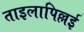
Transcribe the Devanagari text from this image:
ताइलापिल्लई